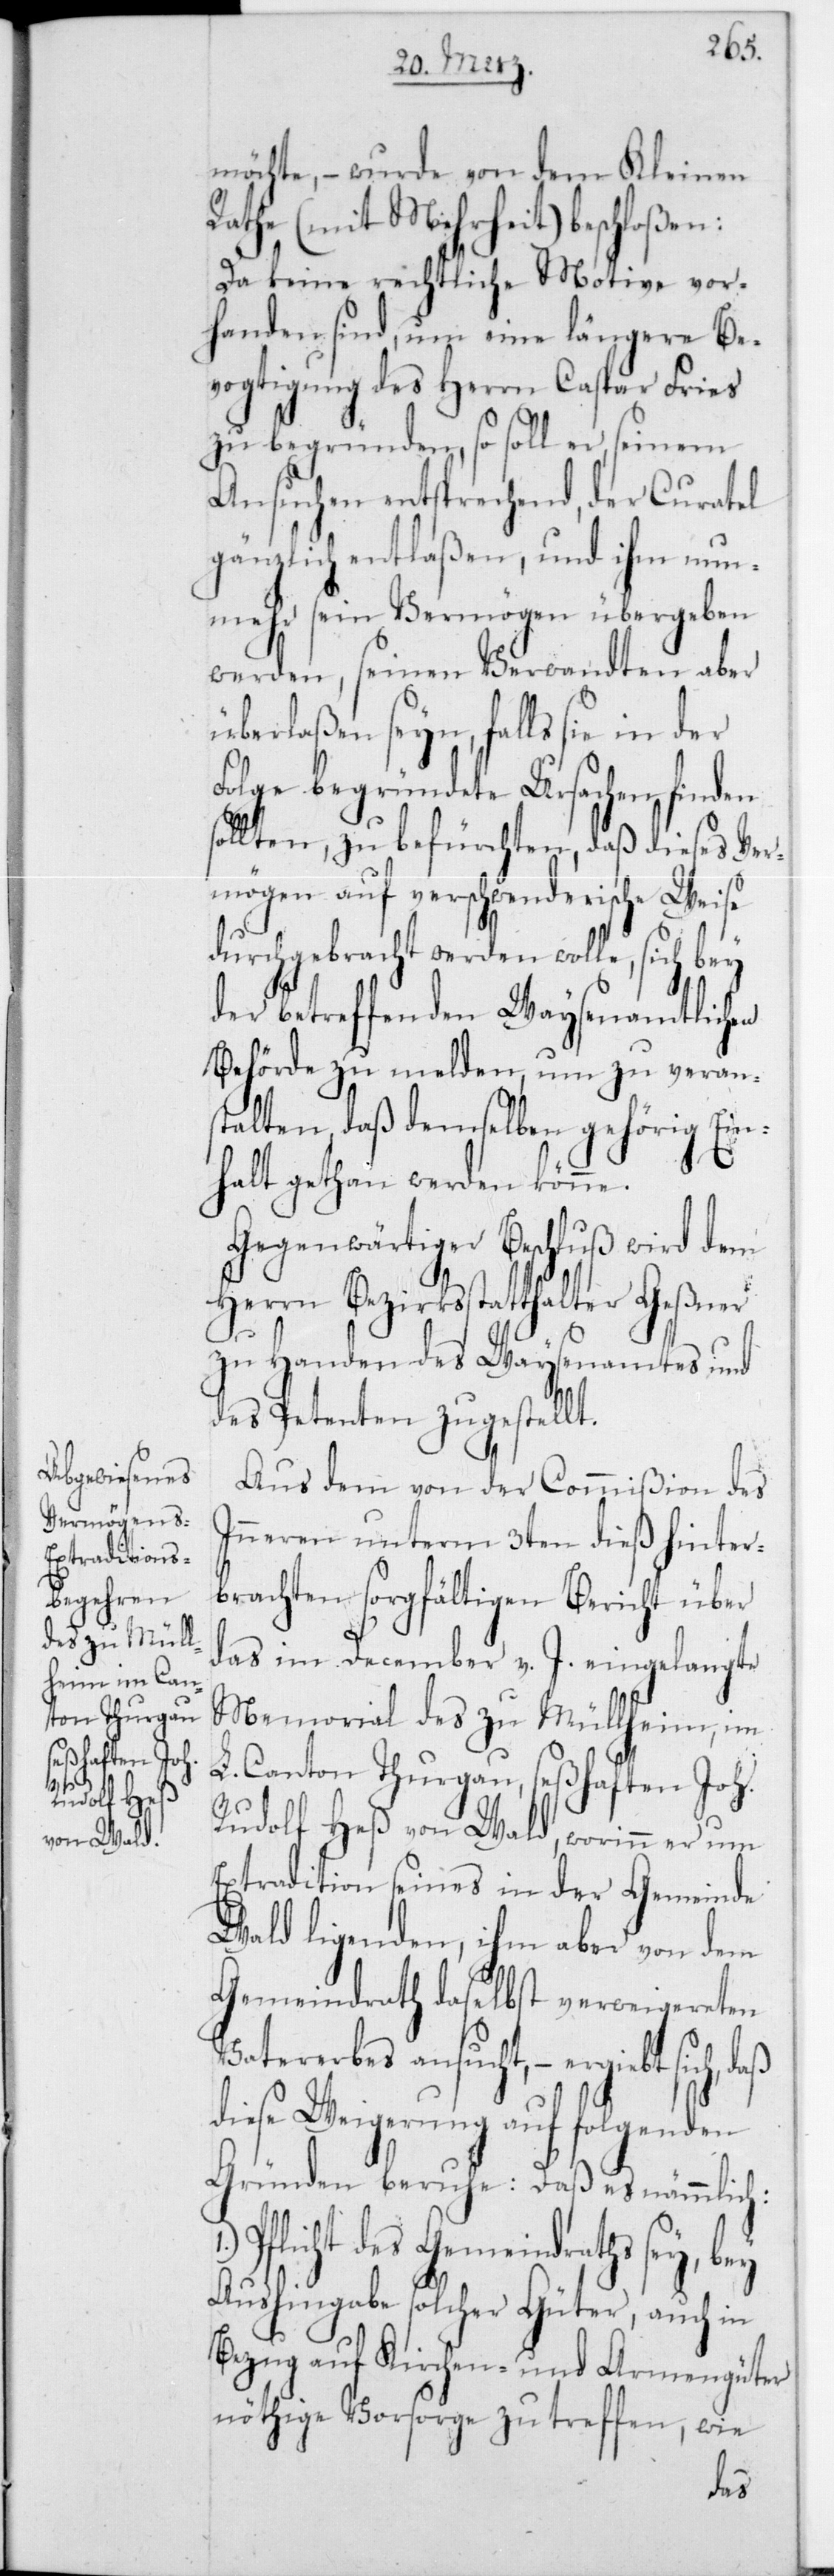
möchte, – wurde von dem Kleinen
Rathe (mit Mehrheit) beschloßen:
Da keine rechtliche Motive vor¬
handen sind, um eine längere Be¬
vogtigung des Herrn Caspar Fries
zu begründen, so soll er, seinem
Ansuchen entsprechend, der Curatel
gänzlich entlaßen, und ihm nun¬
mehr sein Vermögen übergeben
werden, seinen Verwandten aber
überlaßen seyn, falls sie in der
Folge begründete Ursachen finden
sollten, zu befürchten, daß dieses Ver¬
mögen auf verschwenderische Weise
durchgebracht werden wolle, sich bey
der betreffenden Waysenamtlichen
Behörde zu melden, um zu veran¬
stalten, daß demselben gehörig Ein¬
halt gethan werden könne.
Gegenwärtiger Beschluß wird dem
Herrn Bezirksstatthalter Geßner
zu Handen des Waysenamtes und
des Petenten zugestellt.
Aus dem von der Commißion des
Innern unterm 3ten dieß hinter¬
brachten sorgfältigen Bericht über
das im December v. J. eingelangte
Memorial des zu Müllheim, im
L. Canton Thurgau, seßhaften Joh.
Rudolf Heß von Wald, worinn er um
Extradition seines in der Gemeinde
Wald liegenden, ihm aber von dem
Gemeindrath daselbst verweigereten
Vatererbes ansucht, – ergibt sich, daß
diese Weigerung auf folgenden
Gründen beruhe: Daß es nämmlich
Pflicht des Gemeindraths sey, bey
Aushingabe solcher Güter, auch in
Bezug auf Kirchen- und Armengüter
nöthige Vorsorge zu treffen, wie